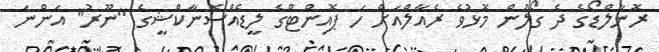
ރޮނާލްޑޯގެ ދެ ގޯލުން މޮޅުވެ ރެއާލްއަށް ހަ ޕޮއިންޓްގެ ލީޑެއްސޮނާކްޝީގެ "ނޫރު" އަންނަ